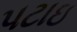
પટાઇ